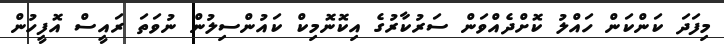
މިފަދަ ކަންކަން ހައްލު ކޮށްދެއްވަން ސަރުކާރުގެ އިކޮނޮމިކް ކައުންސިލުން ނުވަތަ ރައީސް އޮފީހުން